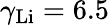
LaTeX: \gamma_{\mathrm{Li}}=6.5